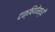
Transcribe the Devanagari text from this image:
दक्षिणेमध्यें